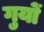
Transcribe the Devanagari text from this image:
गुयों